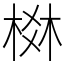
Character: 棥